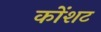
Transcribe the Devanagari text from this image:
कोंशट